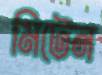
মিটেন